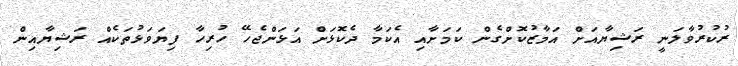
ރުކުރުވާލަނީ ރަޝިޔާއަށް އަމާޒުކޮށްގެން ކަމަށާއި އެކަމާ ދެކޮޅަށް އަޅަންޖެހޭ ހުރިހާ ފިޔަވަޅުތަކެއް ރަޝިޔާއިން